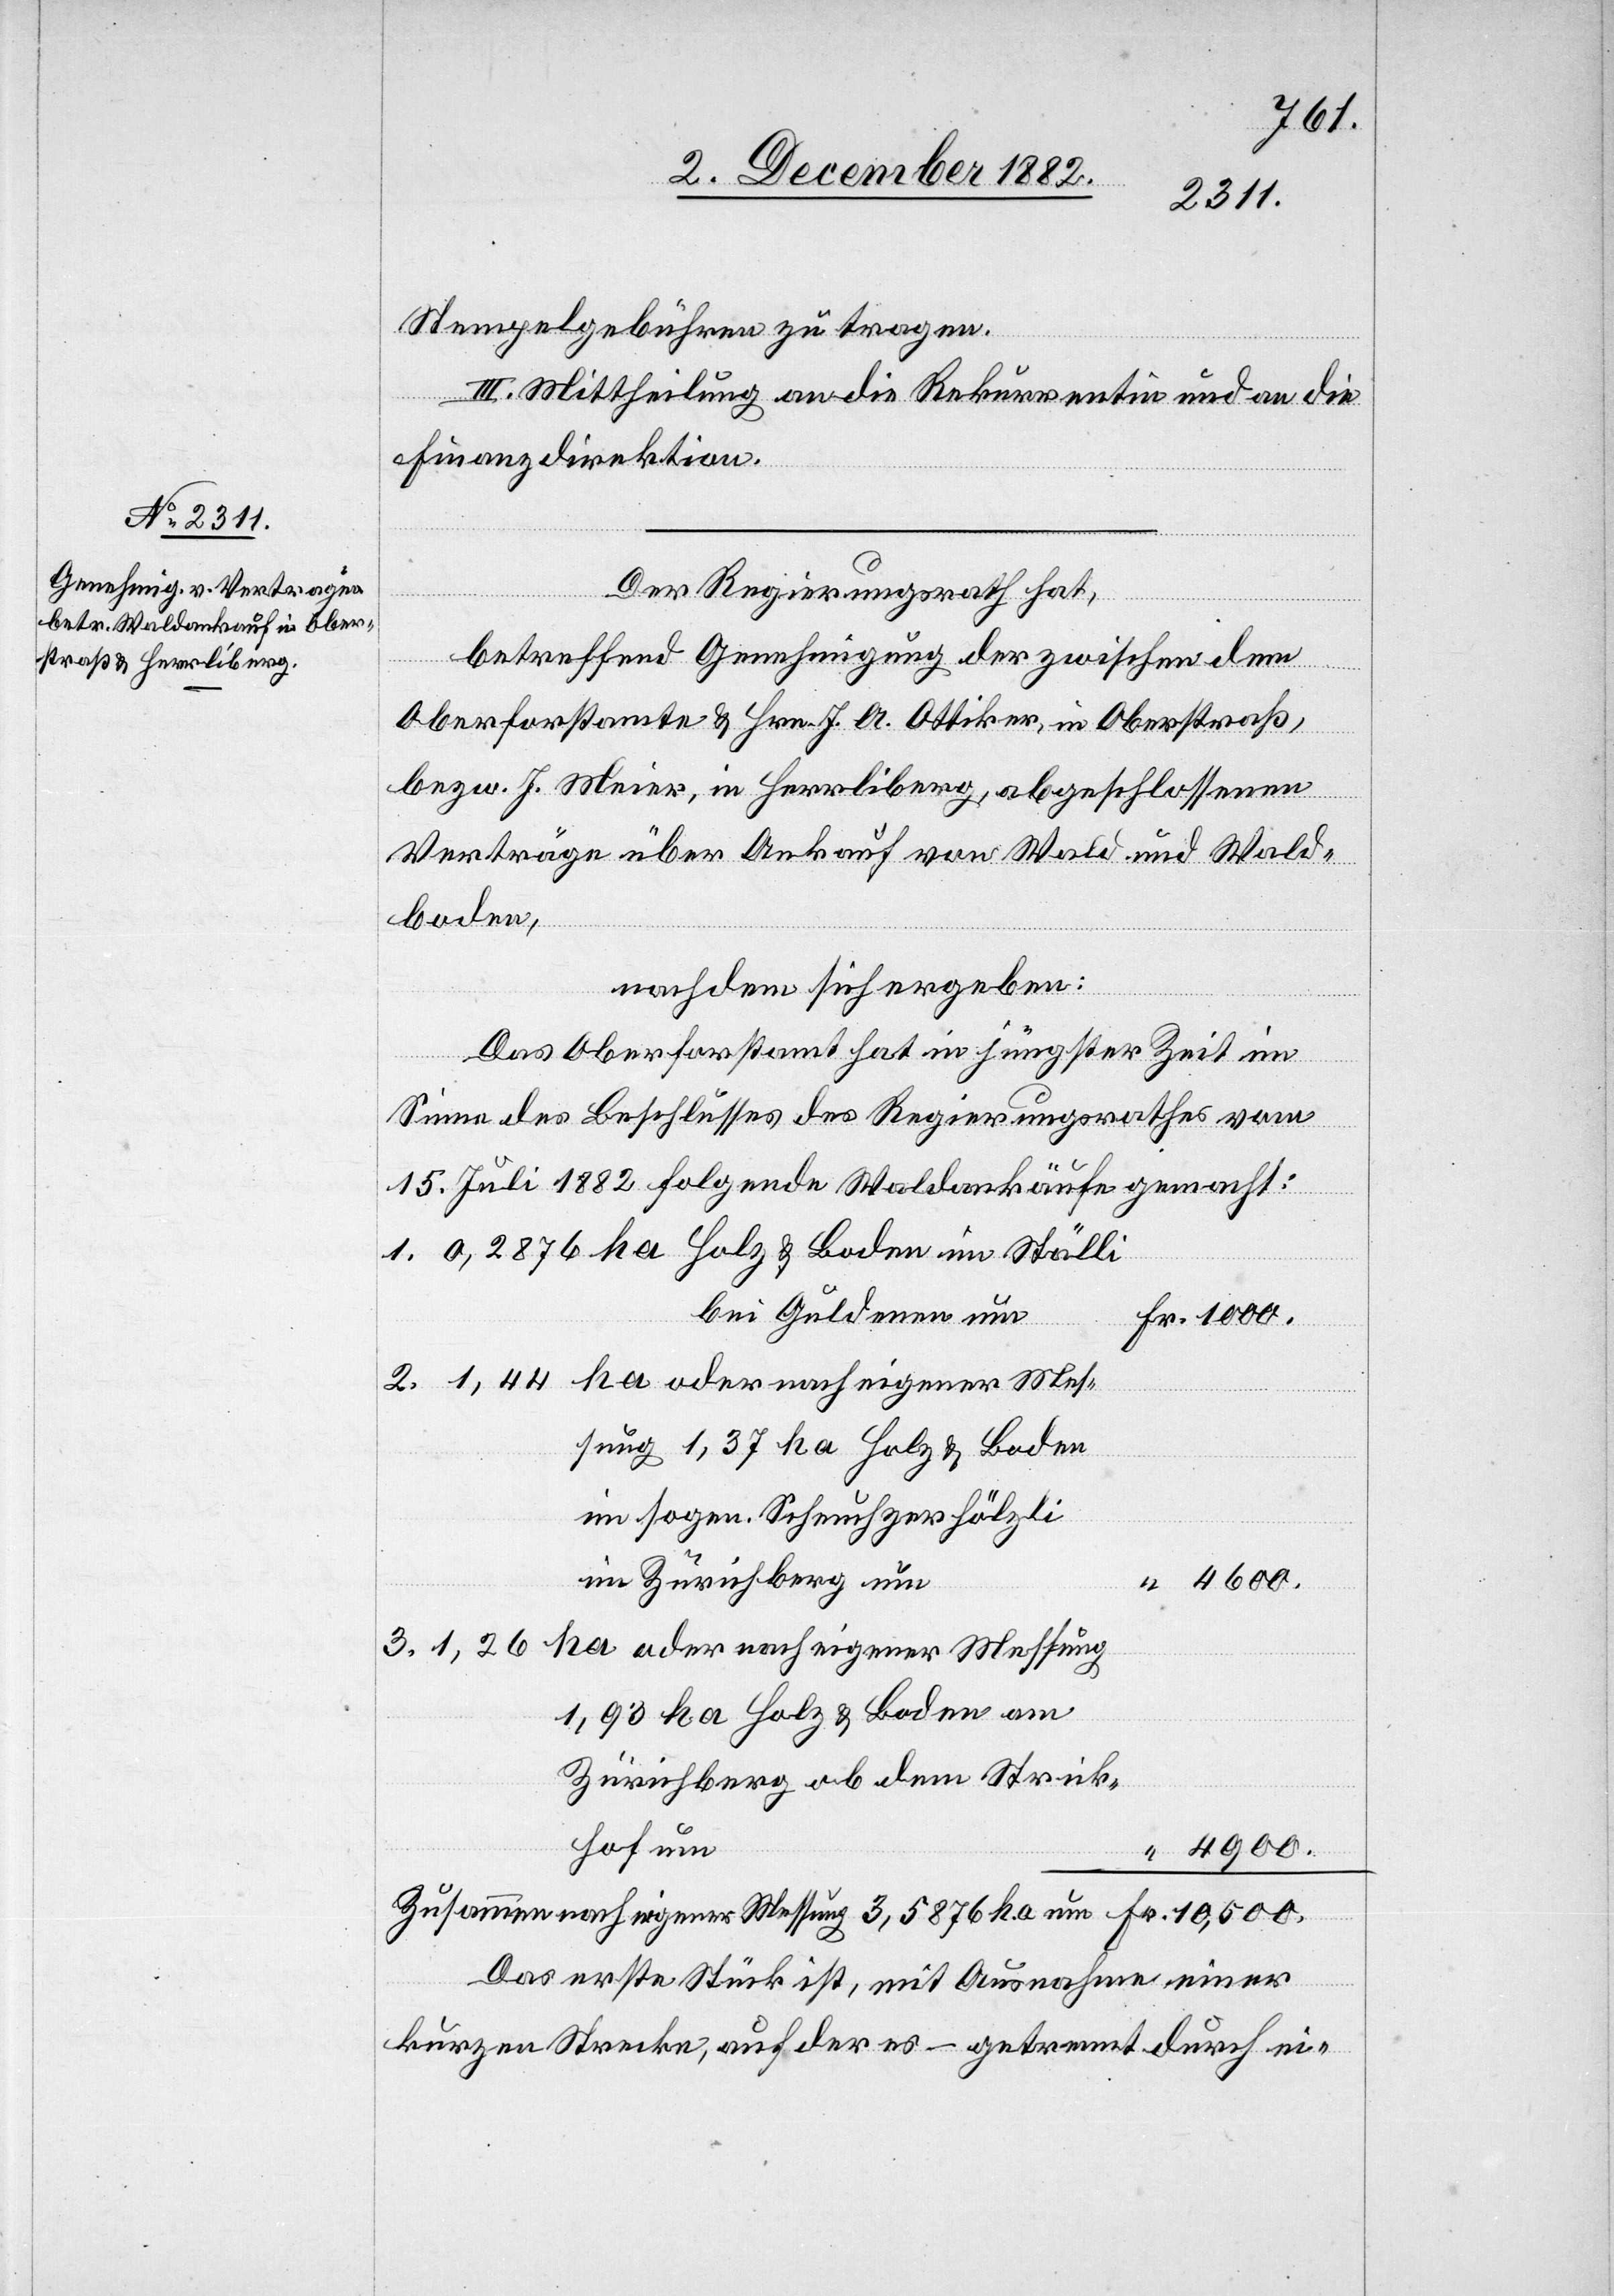
10,500.
Stempelgebühren zu tragen.
III. Mittheilung an die Rekurrentin und an die
Finanzdirektion.
Der Regierungsrath hat,
Messung
betreffend Genehmigung der zwischen dem
Oberforstamte & Hrn. J. A. Ottiker, in Oberstraß,
bezw. J. Meier, in Herrliberg, abgeschlossenen
3.
Verträge über Ankauf von Wald und Wald¬
boden,
nachdem sich ergeben:
Fr.
Das Oberforstamt hat in jüngster Zeit im
Sinne des Beschlusses des Regierungsrathes vom
15. Juli 1882 folgende Waldankäufe gemacht:
bei Guldenen um
sung 1,37 ha Holz & Boden
im sogen. Scheuchzerhölzli
im Zürichberg um
1,93 ha Holz & Boden am
Zürichberg ob dem Strick¬
ha um
4900.
Das erste Stück ist, mit Ausnahme einer
kurzen Strecke, auf der es – getrennt durch ei-